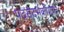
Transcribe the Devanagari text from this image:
पदसंदर्भकोशात